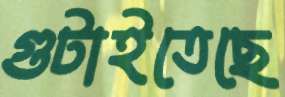
গুটাইতেছে